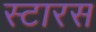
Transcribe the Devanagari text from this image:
स्टारस